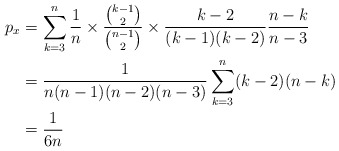
\begin{align*}p_x&=\sum_{k=3}^n\frac1n\times \frac{\binom{k-1}{2}}{\binom{n-1}{2}}\times \frac{k-2}{(k-1)(k-2)}\frac{n-k}{n-3}\\ &=\frac{1}{n(n-1)(n-2)(n-3)}\sum_{k=3}^n(k-2)(n-k)\\ &=\frac{1}{6n}\end{align*}